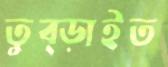
তুব্‌ড়াইত